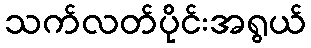
သက်လတ်ပိုင်းအရွယ်